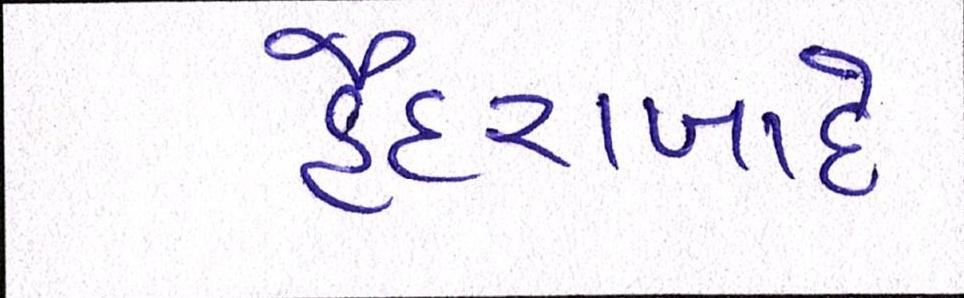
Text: હૈદરાબાદે